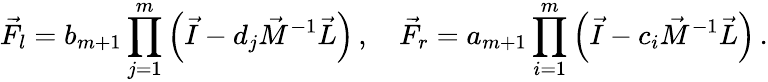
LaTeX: \vec{F}_{l}=b_{m+1}\prod_{j=1}^{m}\left(\vec{I}-d_{j}\vec{M}^{-1}\vec{L}\right)\, ,\quad\vec{F}_{r}=a_{m+1}\prod_{i=1}^{m}\left(\vec{I}-c_{i}\vec{M}^{-1}\vec{L}\right)\, .